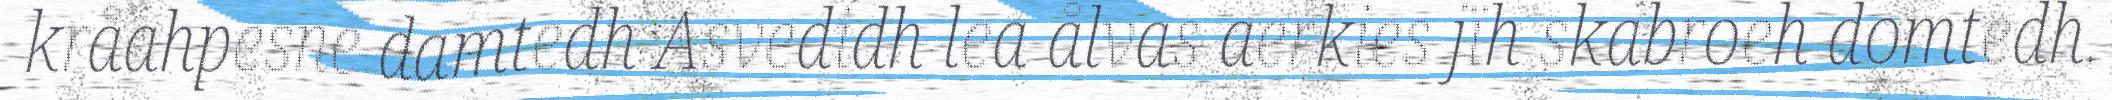
kråahpesne damtedh Asvedidh lea ålvas aerkies jïh skabroeh domtedh.